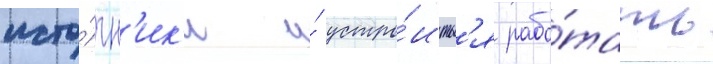
исто́чн'ик'и и́ устро́итьс'я рабо́тать